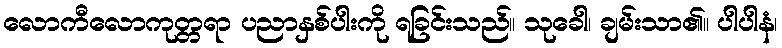
လောကီလောကုတ္တရာ ပညာနှစ်ပါးကို ရခြင်းသည်။ သုခေါ၊ ချမ်းသာ၏။ ပါပါနံ၊